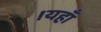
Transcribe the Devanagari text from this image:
।यहाँ